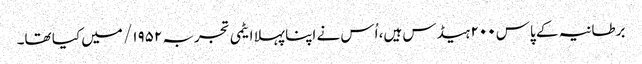
برطانیہ کے پاس ۲۰۰ ہیڈس ہیں، اُس نے اپنا پہلا ایٹمی تجربہ ۱۹۵۲/ میں کیا تھا۔